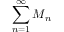
\sum _ { n = 1 } ^ { \infty } M _ { n }